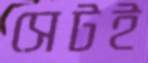
সেটই